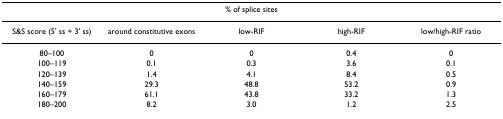
<table><thead><tr><td></td><td colspan="3"><b>% of splice sites</b></td><td></td></tr></thead><tbody><tr><td>S&amp;S score (5&#x27; ss + 3&#x27; ss)</td><td>around constitutive exons</td><td>low-RIF</td><td>high-RIF</td><td>low/high-RIF ratio</td></tr><tr><td>80–100</td><td>0</td><td>0</td><td>0.4</td><td>0</td></tr><tr><td>100–119</td><td>0.1</td><td>0.3</td><td>3.6</td><td>0.1</td></tr><tr><td>120–139</td><td>1.4</td><td>4.1</td><td>8.4</td><td>0.5</td></tr><tr><td>140–159</td><td>29.3</td><td>48.8</td><td>53.2</td><td>0.9</td></tr><tr><td>160–179</td><td>61.1</td><td>43.8</td><td>33.2</td><td>1.3</td></tr><tr><td>180–200</td><td>8.2</td><td>3.0</td><td>1.2</td><td>2.5</td></tr></tbody></table>